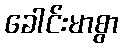
ခေါင်းမာစွာ